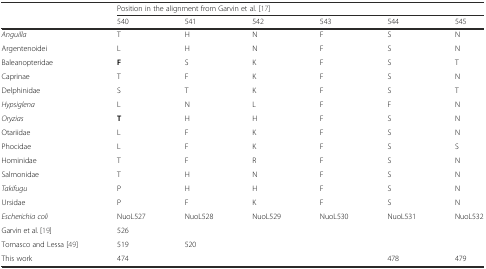
| <ROWSPAN=2>  | <COLSPAN=6> Position in the alignment from Garvin et al. [17] |
 | 540 | 541 | 542 | 543 | 544 | 545 |
 | --- | --- | --- | --- | --- | --- | --- |
 | Anguilla | T | H | N | F | S | N |
 | Argentenoidei | L | H | N | F | S | N |
 | Baleanopteridae | F | S | K | F | S | T |
 | Caprinae | T | F | K | F | S | N |
 | Delphinidae | S | T | K | F | S | T |
 | Hypsiglena | L | N | L | F | F | N |
 | Oryzias | T | H | H | F | S | N |
 | Otariidae | L | F | K | F | S | N |
 | Phocidae | L | F | K | F | S | S |
 | Hominidae | T | F | R | F | S | N |
 | Salmonidae | T | H | N | F | S | N |
 | Takifugu | P | H | H | F | S | N |
 | Ursidae | P | F | K | F | S | N |
 | Escherichia coli | NuoL527 | NuoL528 | NuoL529 | NuoL530 | NuoL531 | NuoL532 |
 | Garvin et al. [19] | 526 |  |  |  |  |  |
 | Tomasco and Lessa [49] | 519 | 520 |  |  |  |  |
 | This work | 474 |  |  |  | 478 | 479 |